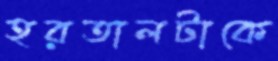
হরতালটাকে